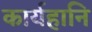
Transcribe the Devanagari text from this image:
कार्यहानि